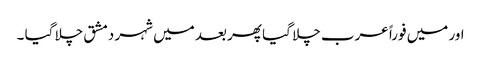
اور میں فوراً عرب چلا گیا پھر بعد میں شہر دمشق چلا گیا ۔